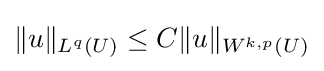
\|u\|_{L^{q}(U)}\leq C\|u\|_{W^{k,p}(U)}